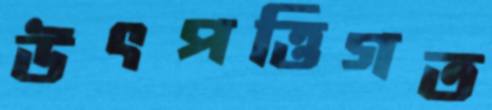
উৎপত্তিগত